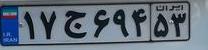
۱۷ج۶۹۴۵۳